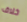
خلاف